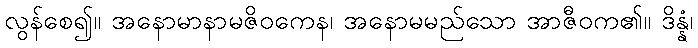
လွန်စေ၍။ အနောမာနာမဇိဝကေန၊ အနောမမည်သော အာဇီဝက၏။ ဒိန္နံ၊